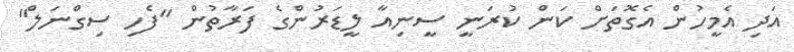
އަދި އެމީހުން އެގޮތަށް ކަން ކުރަނީ ސީނިއާ ލީޑަރުންގެ ފަރާތުން "ފެހި ސިގްނަލް"